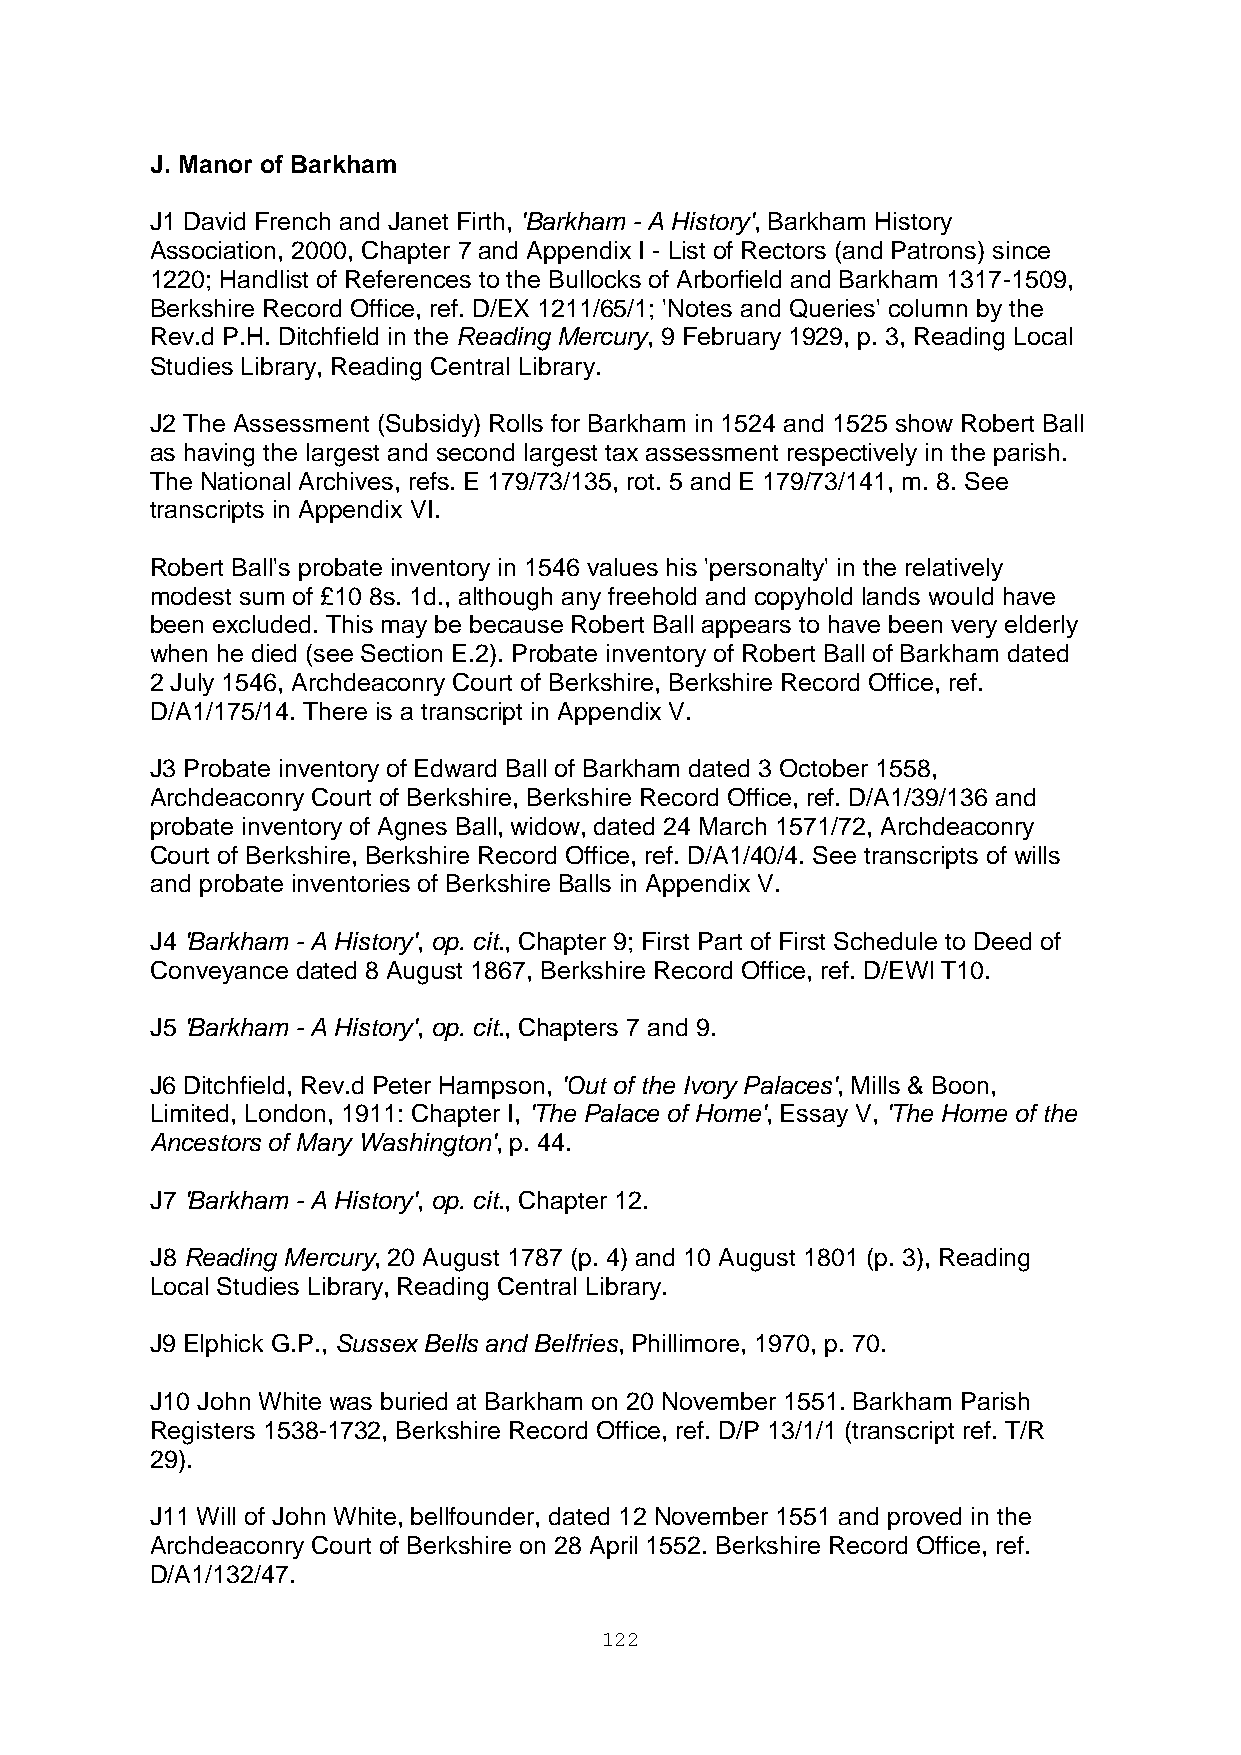
J. Manor of Barkham
 J1 David French and Janet Firth, 'Barkham - A History', Barkham History
 Association, 2000, Chapter 7 and Appendix I - List of Rectors (and Patrons) since
 1220; Handlist of References to the Bullocks of Arborfield and Barkham 1317-1509,
 Berkshire Record Office, ref. D/EX 1211/65/1; 'Notes and Queries' column by the
 Rev.d P.H. Ditchfield in the Reading Mercury, 9 February 1929, p. 3, Reading Local
 Studies Library, Reading Central Library.
 J2 The Assessment (Subsidy) Rolls for Barkham in 1524 and 1525 show Robert Ball
 as having the largest and second largest tax assessment respectively in the parish.
 The National Archives, refs. E 179/73/135, rot. 5 and E 179/73/141, m. 8. See
 transcripts in Appendix VI.
 Robert Ball's probate inventory in 1546 values his 'personalty' in the relatively
 modest sum of £10 8s. 1d., although any freehold and copyhold lands would have
 been excluded. This may be because Robert Ball appears to have been very elderly
 when he died (see Section E.2). Probate inventory of Robert Ball of Barkham dated
 2 July 1546, Archdeaconry Court of Berkshire, Berkshire Record Office, ref.
 D/A1/175/14. There is a transcript in Appendix V.
 J3 Probate inventory of Edward Ball of Barkham dated 3 October 1558,
 Archdeaconry Court of Berkshire, Berkshire Record Office, ref. D/A1/39/136 and
 probate inventory of Agnes Ball, widow, dated 24 March 1571/72, Archdeaconry
 Court of Berkshire, Berkshire Record Office, ref. D/A1/40/4. See transcripts of wills
 and probate inventories of Berkshire Balls in Appendix V.
 J4 'Barkham - A History', op. cit., Chapter 9; First Part of First Schedule to Deed of
 Conveyance dated 8 August 1867, Berkshire Record Office, ref. D/EWl T10.
 J5 'Barkham - A History', op. cit., Chapters 7 and 9.
 J6 Ditchfield, Rev.d Peter Hampson, 'Out of the Ivory Palaces', Mills & Boon,
 Limited, London, 1911: Chapter I, 'The Palace of Home', Essay V, 'The Home of the
 Ancestors of Mary Washington', p. 44.
 J7 'Barkham - A History', op. cit., Chapter 12.
 J8 Reading Mercury, 20 August 1787 (p. 4) and 10 August 1801 (p. 3), Reading
 Local Studies Library, Reading Central Library.
 J9 Elphick G.P., Sussex Bells and Belfries, Phillimore, 1970, p. 70.
 J10 John White was buried at Barkham on 20 November 1551. Barkham Parish
 Registers 1538-1732, Berkshire Record Office, ref. D/P 13/1/1 (transcript ref. T/R
 29).
 J11 Will of John White, bellfounder, dated 12 November 1551 and proved in the
 Archdeaconry Court of Berkshire on 28 April 1552. Berkshire Record Office, ref.
 D/A1/132/47.
 122